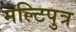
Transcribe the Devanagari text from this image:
मल्टिपुत्र